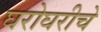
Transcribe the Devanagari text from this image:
घरोघरीचे